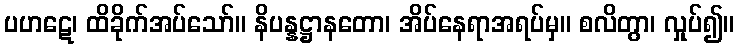
ပဟဋေ၊ ထိခိုက်အပ်သော်။ နိပန္နဋ္ဌာနတော၊ အိပ်နေရာအရပ်မှ။ စလိတွာ၊ လှုပ်၍။